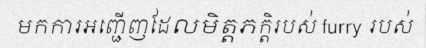
មកការអញ្ជើញដែលមិត្តភក្តិរបស់ furry របស់